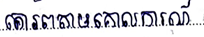
គោរពតាមគោលការណ៍